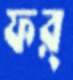
ফর্